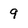
Character: 9